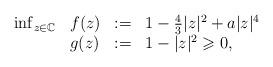
LaTeX: \begin{align*}\begin{array}{llcl} \inf_{z \in \mathbb{C}} & f(z) & := & 1-\frac{4}{3}|z|^2+a|z|^4 \\ & g(z) & := & 1 - |z|^2 \geqslant 0,\end{array}\end{align*}